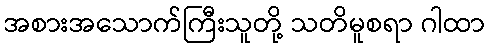
အစားအသောက်ကြီးသူတို့ သတိမူစရာ ဂါထာ